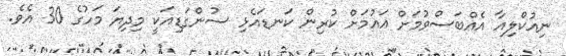
ނިއުކްލިއާ އެއްބަސްވުމަށް އައުމަށް ކުރިން ކަނޑައެޅި ސުންގަޑިއަކީ މިދިޔަ މަހުގެ 30 އެވެ.